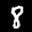
Label: 8